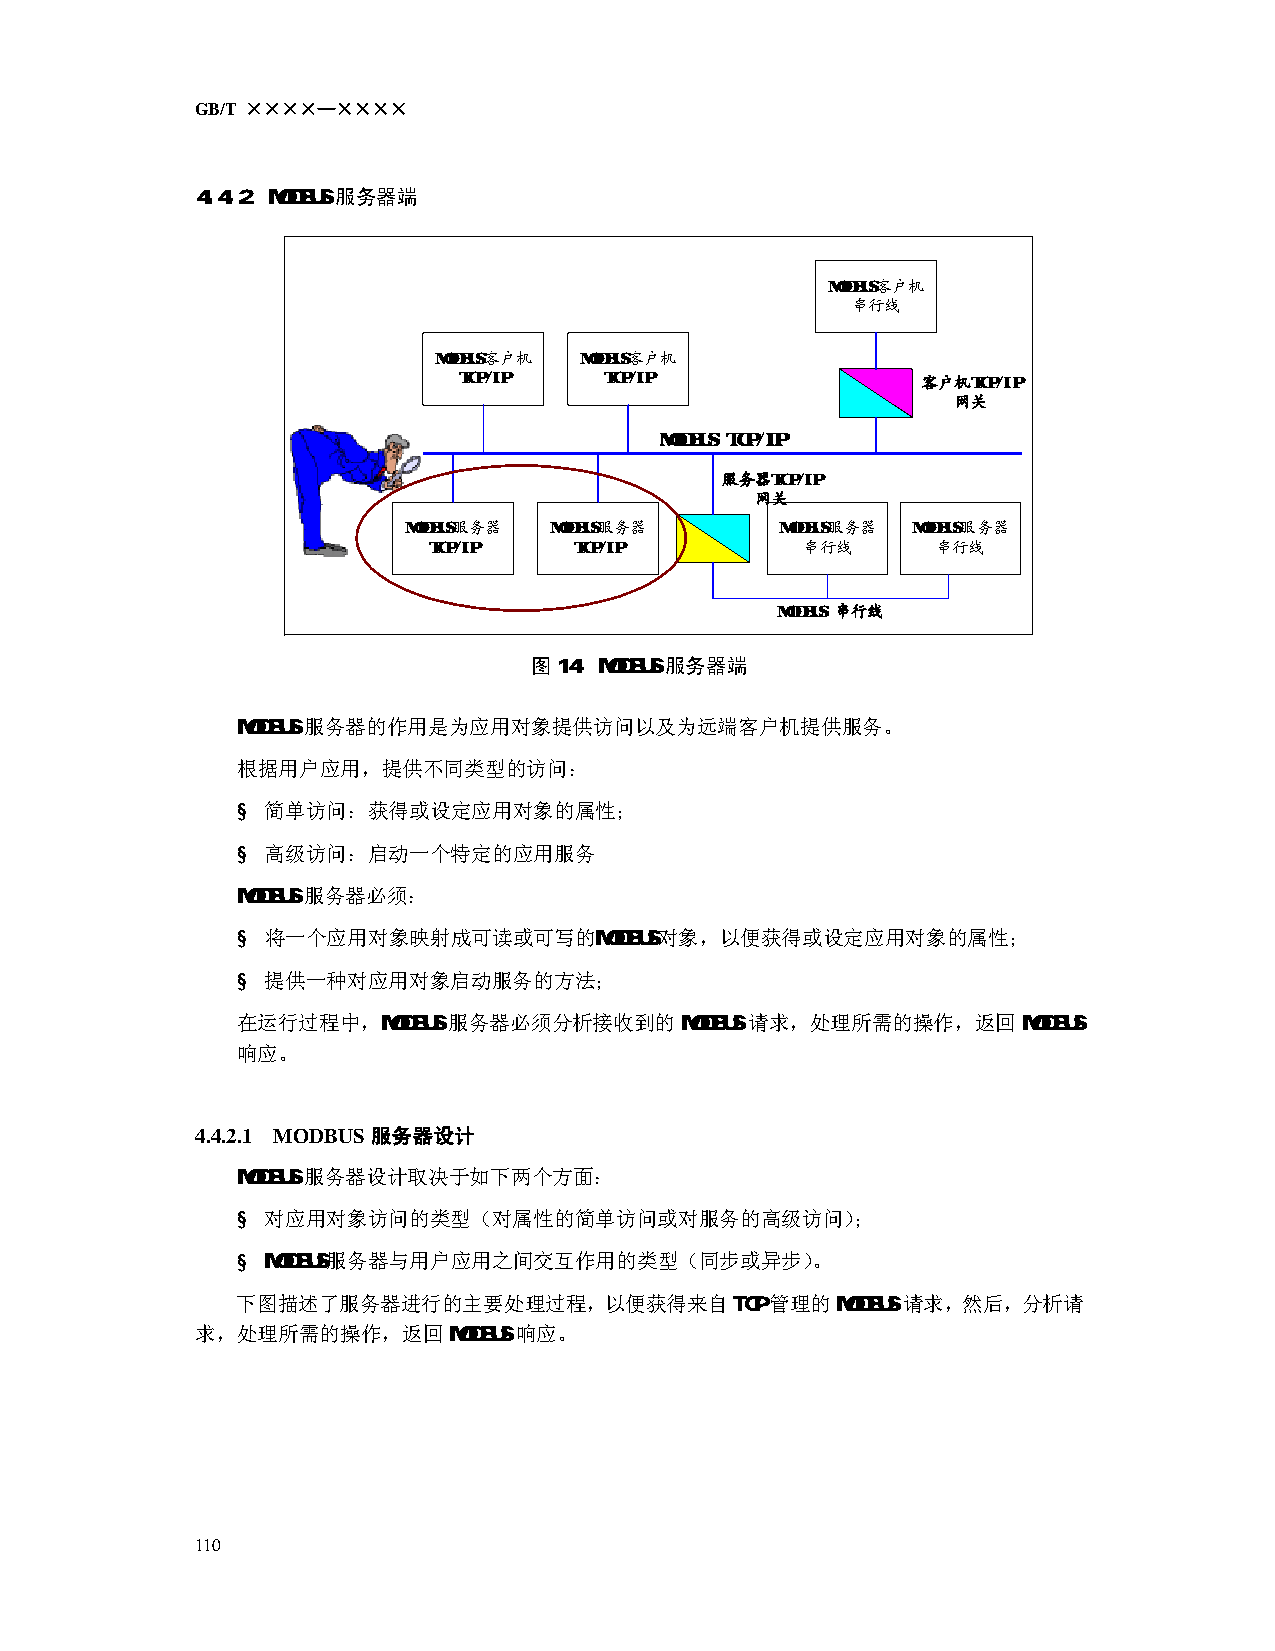
GB/T ××××—××××
 4.4.2 MODBUS服务器端
 MODBUS客户机
 串行线
 MODBUS客户机 MODBUS客户机
 TCP/IP    TCP/IP               客户机TCP/IP
 网关
 MODBUS TCP/IP
 服务器TCP/IP
 网关
 MODBUS服务器 MODBUS服务器      MODBUS服务器 MODBUS服务器
 TCP/IP    TCP/IP         串行线      串行线
 MODBUS 串行线
 图14：MODBUS服务器端
 MODBUS服务器的作用是为应用对象提供访问以及为远端客户机提供服务。
 根据用户应用，提供不同类型的访问：
 § 简单访问：获得或设定应用对象的属性；
 § 高级访问：启动一个特定的应用服务
 MODBUS服务器必须：
 § 将一个应用对象映射成可读或可写的MODBUS对象，以便获得或设定应用对象的属性；
 § 提供一种对应用对象启动服务的方法；
 在运行过程中，MODBUS服务器必须分析接收到的MODBUS请求，处理所需的操作，返回MODBUS
 响应。
 4.4.2.1 MODBUS 服务器设计
 MODBUS服务器设计取决于如下两个方面：
 § 对应用对象访问的类型（对属性的简单访问或对服务的高级访问）；
 § MODBUS服务器与用户应用之间交互作用的类型（同步或异步）。
 下图描述了服务器进行的主要处理过程，以便获得来自TCP管理的MODBUS请求，然后，分析请
 求，处理所需的操作，返回MODBUS响应。
 110